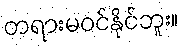
တရားမဝင်နိုင်ဘူး။